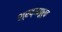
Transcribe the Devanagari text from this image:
श्रद्धापूर्व